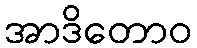
အာဒိတောဝ